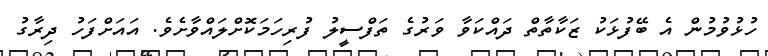
ހުޅުވުމުން އެ ބޭފުޅަކު ޒަކާތާތް ދައްކަވާ ވަރުގެ ތަފްސީލު ފުރިހަމަކޮށްލައްވާށެވެ. އައަށްފަހު ދިރާގު